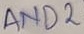
Text: AND2